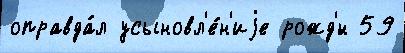
оправда́л усыновл'е́н'иjе рожд'́н 59